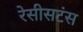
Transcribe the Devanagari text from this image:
रेसीसटंस